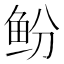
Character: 𫚍